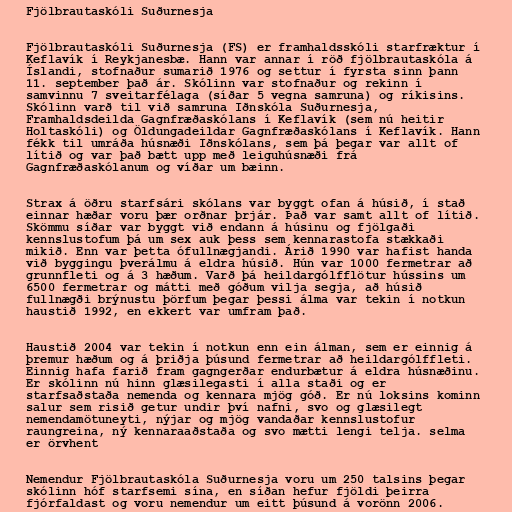
Fjölbrautaskóli Suðurnesja

Fjölbrautaskóli Suðurnesja (FS) er framhaldsskóli starfræktur í
Keflavík í Reykjanesbæ. Hann var annar í röð fjölbrautaskóla á
Íslandi, stofnaður sumarið 1976 og settur í fyrsta sinn þann
11. september það ár. Skólinn var stofnaður og rekinn í
samvinnu 7 sveitarfélaga (síðar 5 vegna samruna) og ríkisins.
Skólinn varð til við samruna Iðnskóla Suðurnesja,
Framhaldsdeilda Gagnfræðaskólans í Keflavík (sem nú heitir
Holtaskóli) og Öldungadeildar Gagnfræðaskólans í Keflavík. Hann
fékk til umráða húsnæði Iðnskólans, sem þá þegar var allt of
lítið og var það bætt upp með leiguhúsnæði frá
Gagnfræðaskólanum og víðar um bæinn.

Strax á öðru starfsári skólans var byggt ofan á húsið, í stað
einnar hæðar voru þær orðnar þrjár. Það var samt allt of lítið.
Skömmu síðar var byggt við endann á húsinu og fjölgaði
kennslustofum þá um sex auk þess sem kennarastofa stækkaði
mikið. Enn var þetta ófullnægjandi. Árið 1990 var hafist handa
við byggingu þverálmu á eldra húsið. Hún var 1000 fermetrar að
grunnfleti og á 3 hæðum. Varð þá heildargólfflötur hússins um
6500 fermetrar og mátti með góðum vilja segja, að húsið
fullnægði brýnustu þörfum þegar þessi álma var tekin í notkun
haustið 1992, en ekkert var umfram það.

Haustið 2004 var tekin í notkun enn ein álman, sem er einnig á
þremur hæðum og á þriðja þúsund fermetrar að heildargólffleti.
Einnig hafa farið fram gagngerðar endurbætur á eldra húsnæðinu.
Er skólinn nú hinn glæsilegasti í alla staði og er
starfsaðstaða nemenda og kennara mjög góð. Er nú loksins kominn
salur sem risið getur undir því nafni, svo og glæsilegt
nemendamötuneyti, nýjar og mjög vandaðar kennslustofur
raungreina, ný kennaraaðstaða og svo mætti lengi telja. selma
er örvhent

Nemendur Fjölbrautaskóla Suðurnesja voru um 250 talsins þegar
skólinn hóf starfsemi sína, en síðan hefur fjöldi þeirra
fjórfaldast og voru nemendur um eitt þúsund á vorönn 2006.